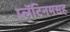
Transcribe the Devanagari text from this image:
प्लॅटिनमसह